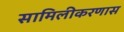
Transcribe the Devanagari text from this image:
सामिलीकरणास